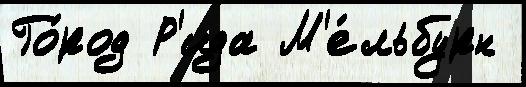
Го́род Р'ида М'е́льбурн